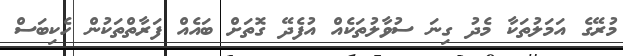
މުރޭގެ އަމަލުތަކާ މެދު ގިނަ ސުވާލުތަކެއް އުފެދޭ ގޮތަށް ބައެއް ފަރާތްތަކުން ހެކިބަސް